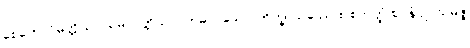
စေတောဝိမုတ္တိယာ သမာပတ္တိယာ။ ဣဓာဝုသော, ဘိက္ခု သုခဿ စ စတုတ္ထံ ဈာနံ ဥပသမ္ပဇ္ဇ